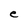
Character: e